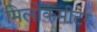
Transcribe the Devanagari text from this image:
मिलोकमीटर